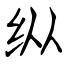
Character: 纵